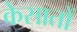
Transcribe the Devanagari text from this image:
केसातों